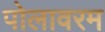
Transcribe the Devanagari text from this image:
पोलावरम